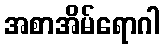
အစာအိမ်ရောဂါ